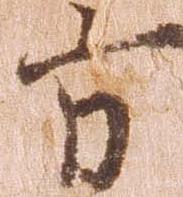
方